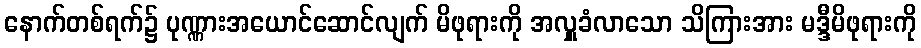
နောက်တစ်ရက်၌ ပုဏ္ဏားအယောင်ဆောင်လျက် မိဖုရားကို အလှူခံလာသော သိကြားအား မဒ္ဒီမိဖုရားကို